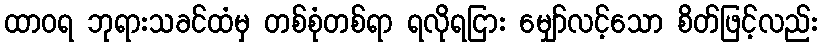
ထာဝရ ဘုရားသခင်ထံမှ တစ်စုံတစ်ရာ ရလိုရငြား မျှော်လင့်သော စိတ်ဖြင့်လည်း